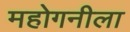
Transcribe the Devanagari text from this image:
महोगनीला